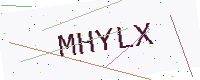
Text: MHYLX